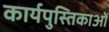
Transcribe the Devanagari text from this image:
कार्यपुस्तिकाओं